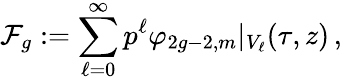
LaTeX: \mathcal{F}_{g}:=\sum_{\ell=0}^{\infty}p^{\ell}\varphi_{2g-2,m}\vert_{V_{\ell}}(\tau,z)\, ,